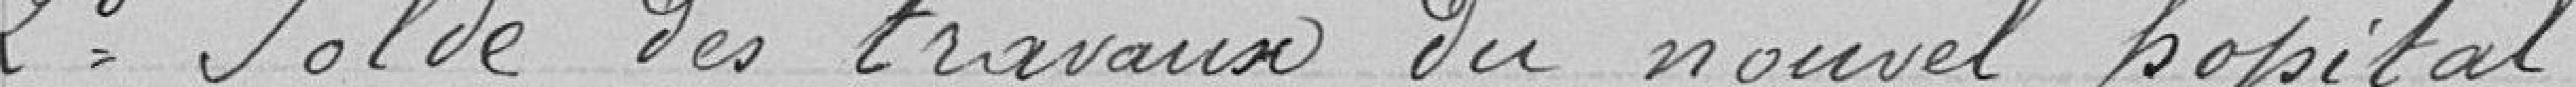
2 Solde des travaux du nouvel hôpital